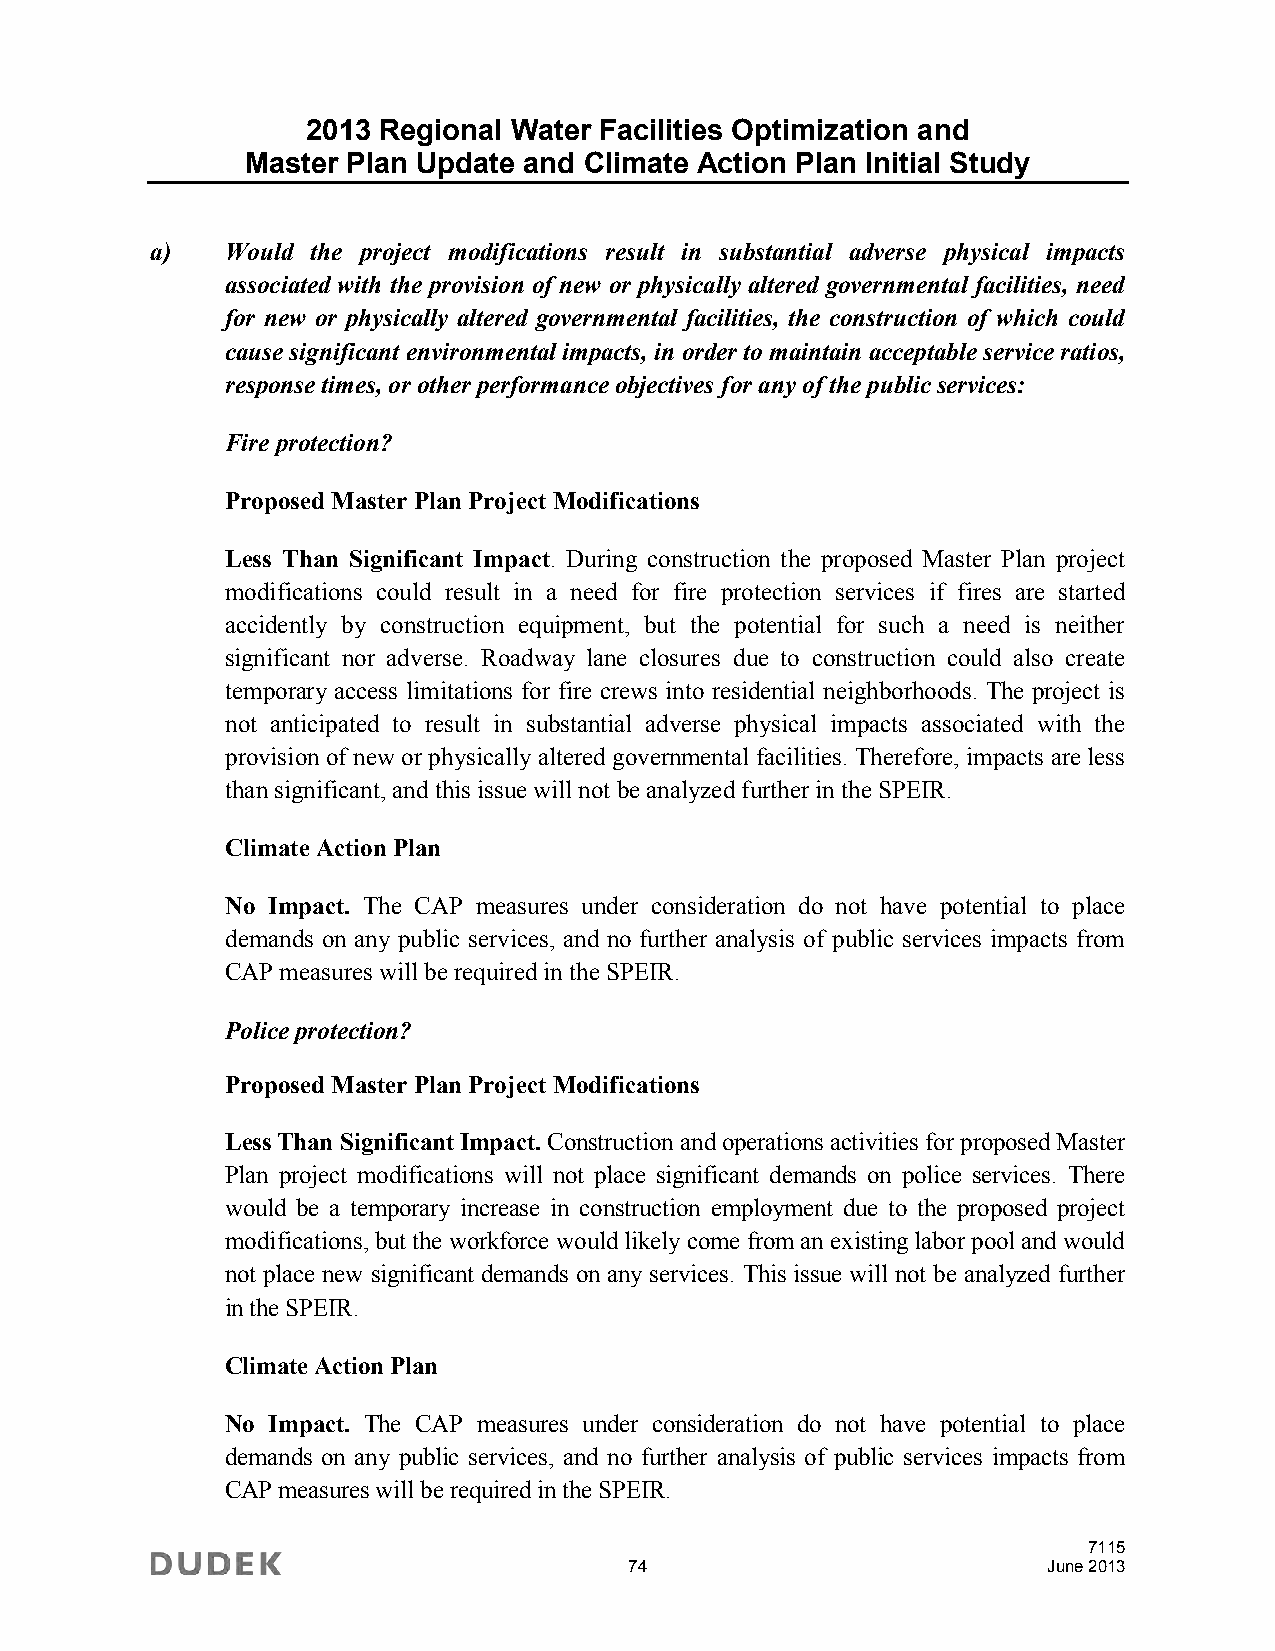
2013 Regional Water Facilities Optimization and
 Master Plan Update and Climate Action Plan Initial Study
 a)   Would the project modifications result in substantial adverse physical impacts
 associated with the provision of new or physically altered governmental facilities, need
 for new or physically altered governmental facilities, the construction of which could
 cause significant environmental impacts, in order to maintain acceptable service ratios,
 response times, or other performance objectives for any of the public services:
 Fire protection?
 Proposed Master Plan Project Modifications
 Less Than Significant Impact. During construction the proposed Master Plan project
 modifications could result in a need for fire protection services if fires are started
 accidently by construction equipment, but the potential for such a need is neither
 significant nor adverse. Roadway lane closures due to construction could also create
 temporary access limitations for fire crews into residential neighborhoods. The project is
 not anticipated to result in substantial adverse physical impacts associated with the
 provision of new or physically altered governmental facilities. Therefore, impacts are less
 than significant, and this issue will not be analyzed further in the SPEIR.
 Climate Action Plan
 No Impact. The CAP measures under consideration do not have potential to place
 demands on any public services, and no further analysis of public services impacts from
 CAP measures will be required in the SPEIR.
 Police protection?
 Proposed Master Plan Project Modifications
 Less Than Significant Impact. Construction and operations activities for proposed Master
 Plan project modifications will not place significant demands on police services. There
 would be a temporary increase in construction employment due to the proposed project
 modifications, but the workforce would likely come from an existing labor pool and would
 not place new significant demands on any services. This issue will not be analyzed further
 in the SPEIR.
 Climate Action Plan
 No Impact. The CAP measures under consideration do not have potential to place
 demands on any public services, and no further analysis of public services impacts from
 CAP measures will be required in the SPEIR.
 7115
 74                         June 2013